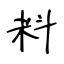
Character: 料